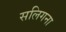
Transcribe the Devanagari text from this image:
सलिगना